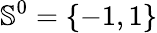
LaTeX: {\mathbb S}^{0}=\{ -1,1\}